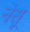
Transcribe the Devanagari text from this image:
नेसू